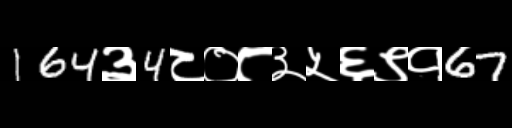
Text: 164३4८०८३५६९१67